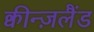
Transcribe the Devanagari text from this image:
क्वीन्ज़लैंड